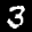
Label: 3